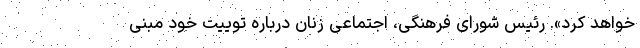
خواهد کرد». رئیس شورای فرهنگی، اجتماعی زنان درباره توییت خود مبنی